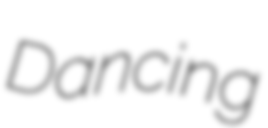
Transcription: Dancing